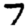
Digit: 7